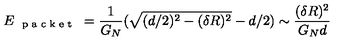
E _ { \textup { \scriptsize { p a c k e t } } } = \frac { 1 } { G _ { N } } ( \sqrt { ( d / 2 ) ^ { 2 } - ( \delta R ) ^ { 2 } } - d / 2 ) \sim \frac { ( \delta R ) ^ { 2 } } { G _ { N } d }